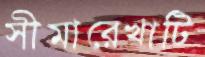
সীমারেখাটি